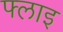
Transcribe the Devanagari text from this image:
फ्लाइ